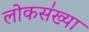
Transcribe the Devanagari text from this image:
लोकस॑ख्या